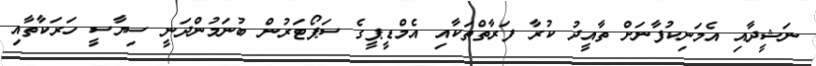
ނަޝީދާއި އެމަނިކުފާނަށް ތާއީދު ކުރާ ފަރާތްތަކާއި އެމްޑީޕީގެ ސަޕޯޓަރުން ބުނަމުންދަނީ ސިޔާސީ ހަރަކާތާއި